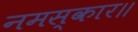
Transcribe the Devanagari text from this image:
नमस्कार॥